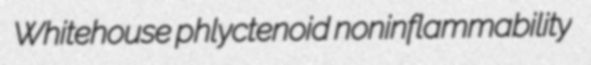
Whitehouse phlyctenoid noninflammability